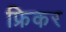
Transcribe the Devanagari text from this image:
फ्रिकर